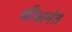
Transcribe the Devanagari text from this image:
श्रीअनंत